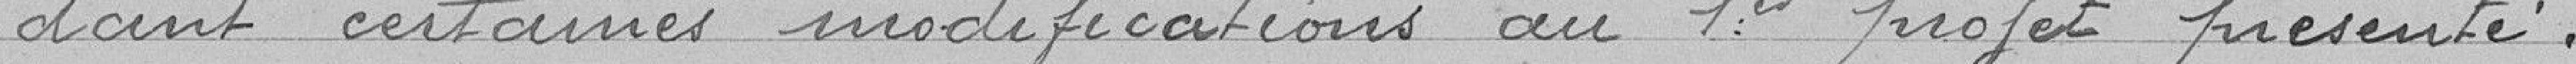
-dant certaines modifications au 1er projet présenté.